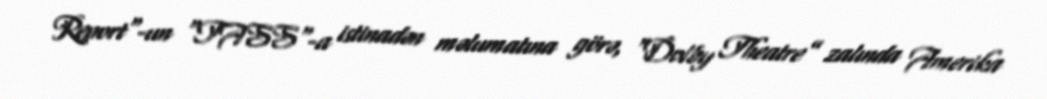
Report"-un "TASS"-a istinadən məlumatına görə, “Dolby Theatre” zalında Amerika